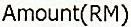
AMOUNT(RM)